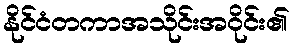
နိုင်ငံတကာအသိုင်းအဝိုင်း၏